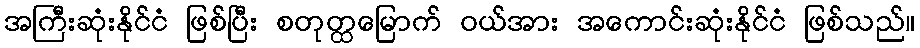
အကြီးဆုံးနိုင်ငံ ဖြစ်ပြီး စတုတ္ထမြောက် ဝယ်အား အကောင်းဆုံးနိုင်ငံ ဖြစ်သည်။